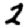
Digit: 2